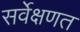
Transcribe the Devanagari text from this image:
सर्वेक्षणत